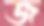
জ